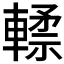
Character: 𰹢